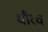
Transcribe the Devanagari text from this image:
धीरच